Bombay plague: being a history of the progress of plague in the Bombay presidency from September 1896 to June 1899
Year: 1896
Disease focus: Plague
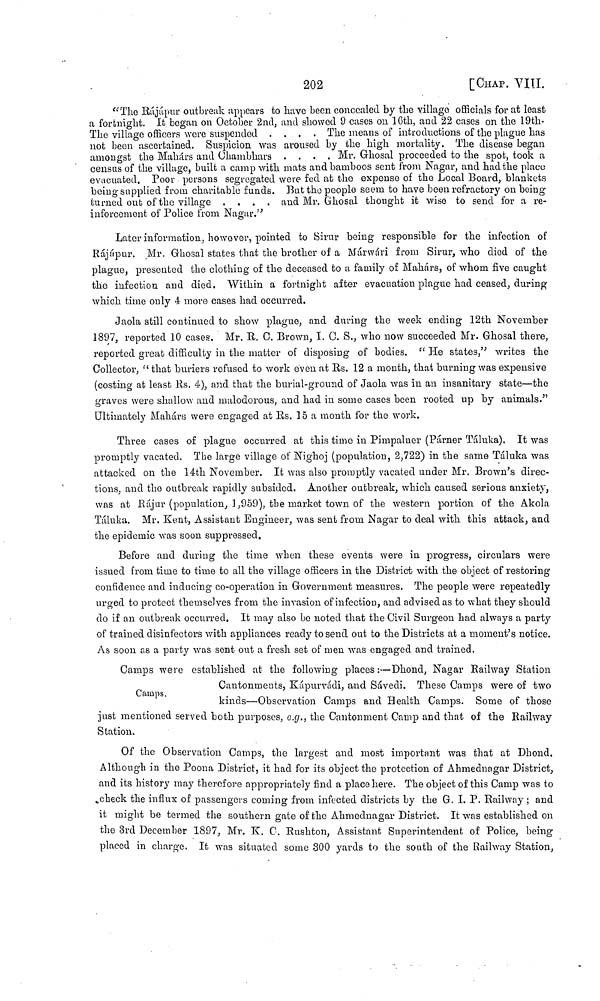
202
[CHAP. VΙΠ.
"The Rájápur outbreak appears to have been concealed by the village officials for at least
a fortnight. It began on October 2nd, and showed 9 cases on 16th, and 22 cases on the 19th-
The village officers were suspended ....
The means of introductions of the plague has
not been ascertained. Suspicion was aroused by the high mortality. The disease began
amongst the Mahárs and Chambhars ....
Mr. Ghosal proceeded to the spot, took a
census of the village, built a camp with mats and bamboos sent from Nagar, and had the place
evacuated. Poor persons segregated were fed at the expense of the Local Board, blankets
being supplied from charitable funds. But the people seem to have been refractory on being
turned out of the village ....
and Mr. Ghosal thought it wise to send for a re-
inforcement of Police from Nagar."
Later information, however, pointed to Sirur being responsible for the infection of
Rájápur. Mr. Ghosal states that the brother of a Márwári from Sirur, who died of the
plague, presented the clothing of the deceased to a family of Mahárs, of whom five caught
the infection and died. Within a fortnight after evacuation plague had ceased, during
which time only 4 more cases had occurred.
Jaola still continued to show plague, and during the week ending 12th November
1897, reported 10 cases. Mr. R. C. Brown, I. C. S., who now succeeded Mr. Ghosal there,
reported great difficulty in the matter of disposing of bodies. "He states," writes the
Collector, "that buriers refused to work even at Rs. 12 a month, that burning was expensive
(costing at least Rs. 4), and that the burial-ground of Jaola was in an insanitary state—the
graves were shallow and malodorous, and had in some cases been rooted up by animals."
Ultimately Mahárs were engaged at Rs. 15 a month for the work.
Three cases of plague occurred at this time in Pimpalner (Párner Táluka). It was
promptly vacated. The large village of Nighoj (population, 2,722) in the same Táluka was
attacked on the 14th November. It was also promptly vacated under Mr. Brown's direc-
tions, and the outbreak rapidly subsided. Another outbreak, which caused serious anxiety,
was at Rájur (population, 1,959), the market town of the western portion of the Akola
Táluka. Mr. Kent, Assistant Engineer, was sent from Nagar to deal with this attack, and
the epidemic was soon suppressed.
Before and during the time when these events were in progress, circulars were
issued from time to time to all the village officers in the District with the object of restoring
confidence and inducing co-operation in Government measures. The people were repeatedly
urged to protect themselves from the invasion of infection, and advised as to what they should
do if an outbreak occurred. It may also be noted that the Civil Surgeon had always a party
of trained disinfectors with appliances ready to send out to the Districts at a moment's notice.
As soon as a party was sent out a fresh set of men was engaged and trained.
Camps.
Camps were established at the following places:—Dhond, Nagar Railway Station
Cantonments, Kupurvádi, and Sávedi. These Camps were of two
kinds—Observation Camps and Health Camps. Some of those
just mentioned served both purposes, e.g., the Cantonment Camp and that of the Railway
Station.
Of the Observation Camps, the largest and most important was that at Dhond.
Although in the Poona District, it had for its object the protection of Ahmednagar District,
and its history may therefore appropriately find a place here. The object of this Camp was to
check the influx of passengers coming from infected districts by the G. I. P. Railway ; and
it might be termed the southern gate of the Ahmednagar District. It was established on
the 3rd December 1897, Mr. K. C. Rushton, Assistant Superintendent of Police, being
placed in charge. It was situated some 300 yards to the south of the Railway Station,